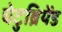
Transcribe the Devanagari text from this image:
चेटुब्रियेंड